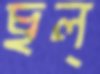
ছল্